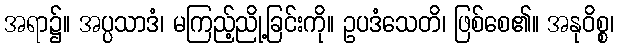
အရာ၌။ အပ္ပသာဒံ၊ မကြည့်ညို့ခြင်းကို။ ဥပဒံသေတိ၊ ဖြစ်စေ၏။ အနုဝိစ္စ၊